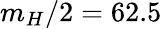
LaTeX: m_{H}/2=62.5